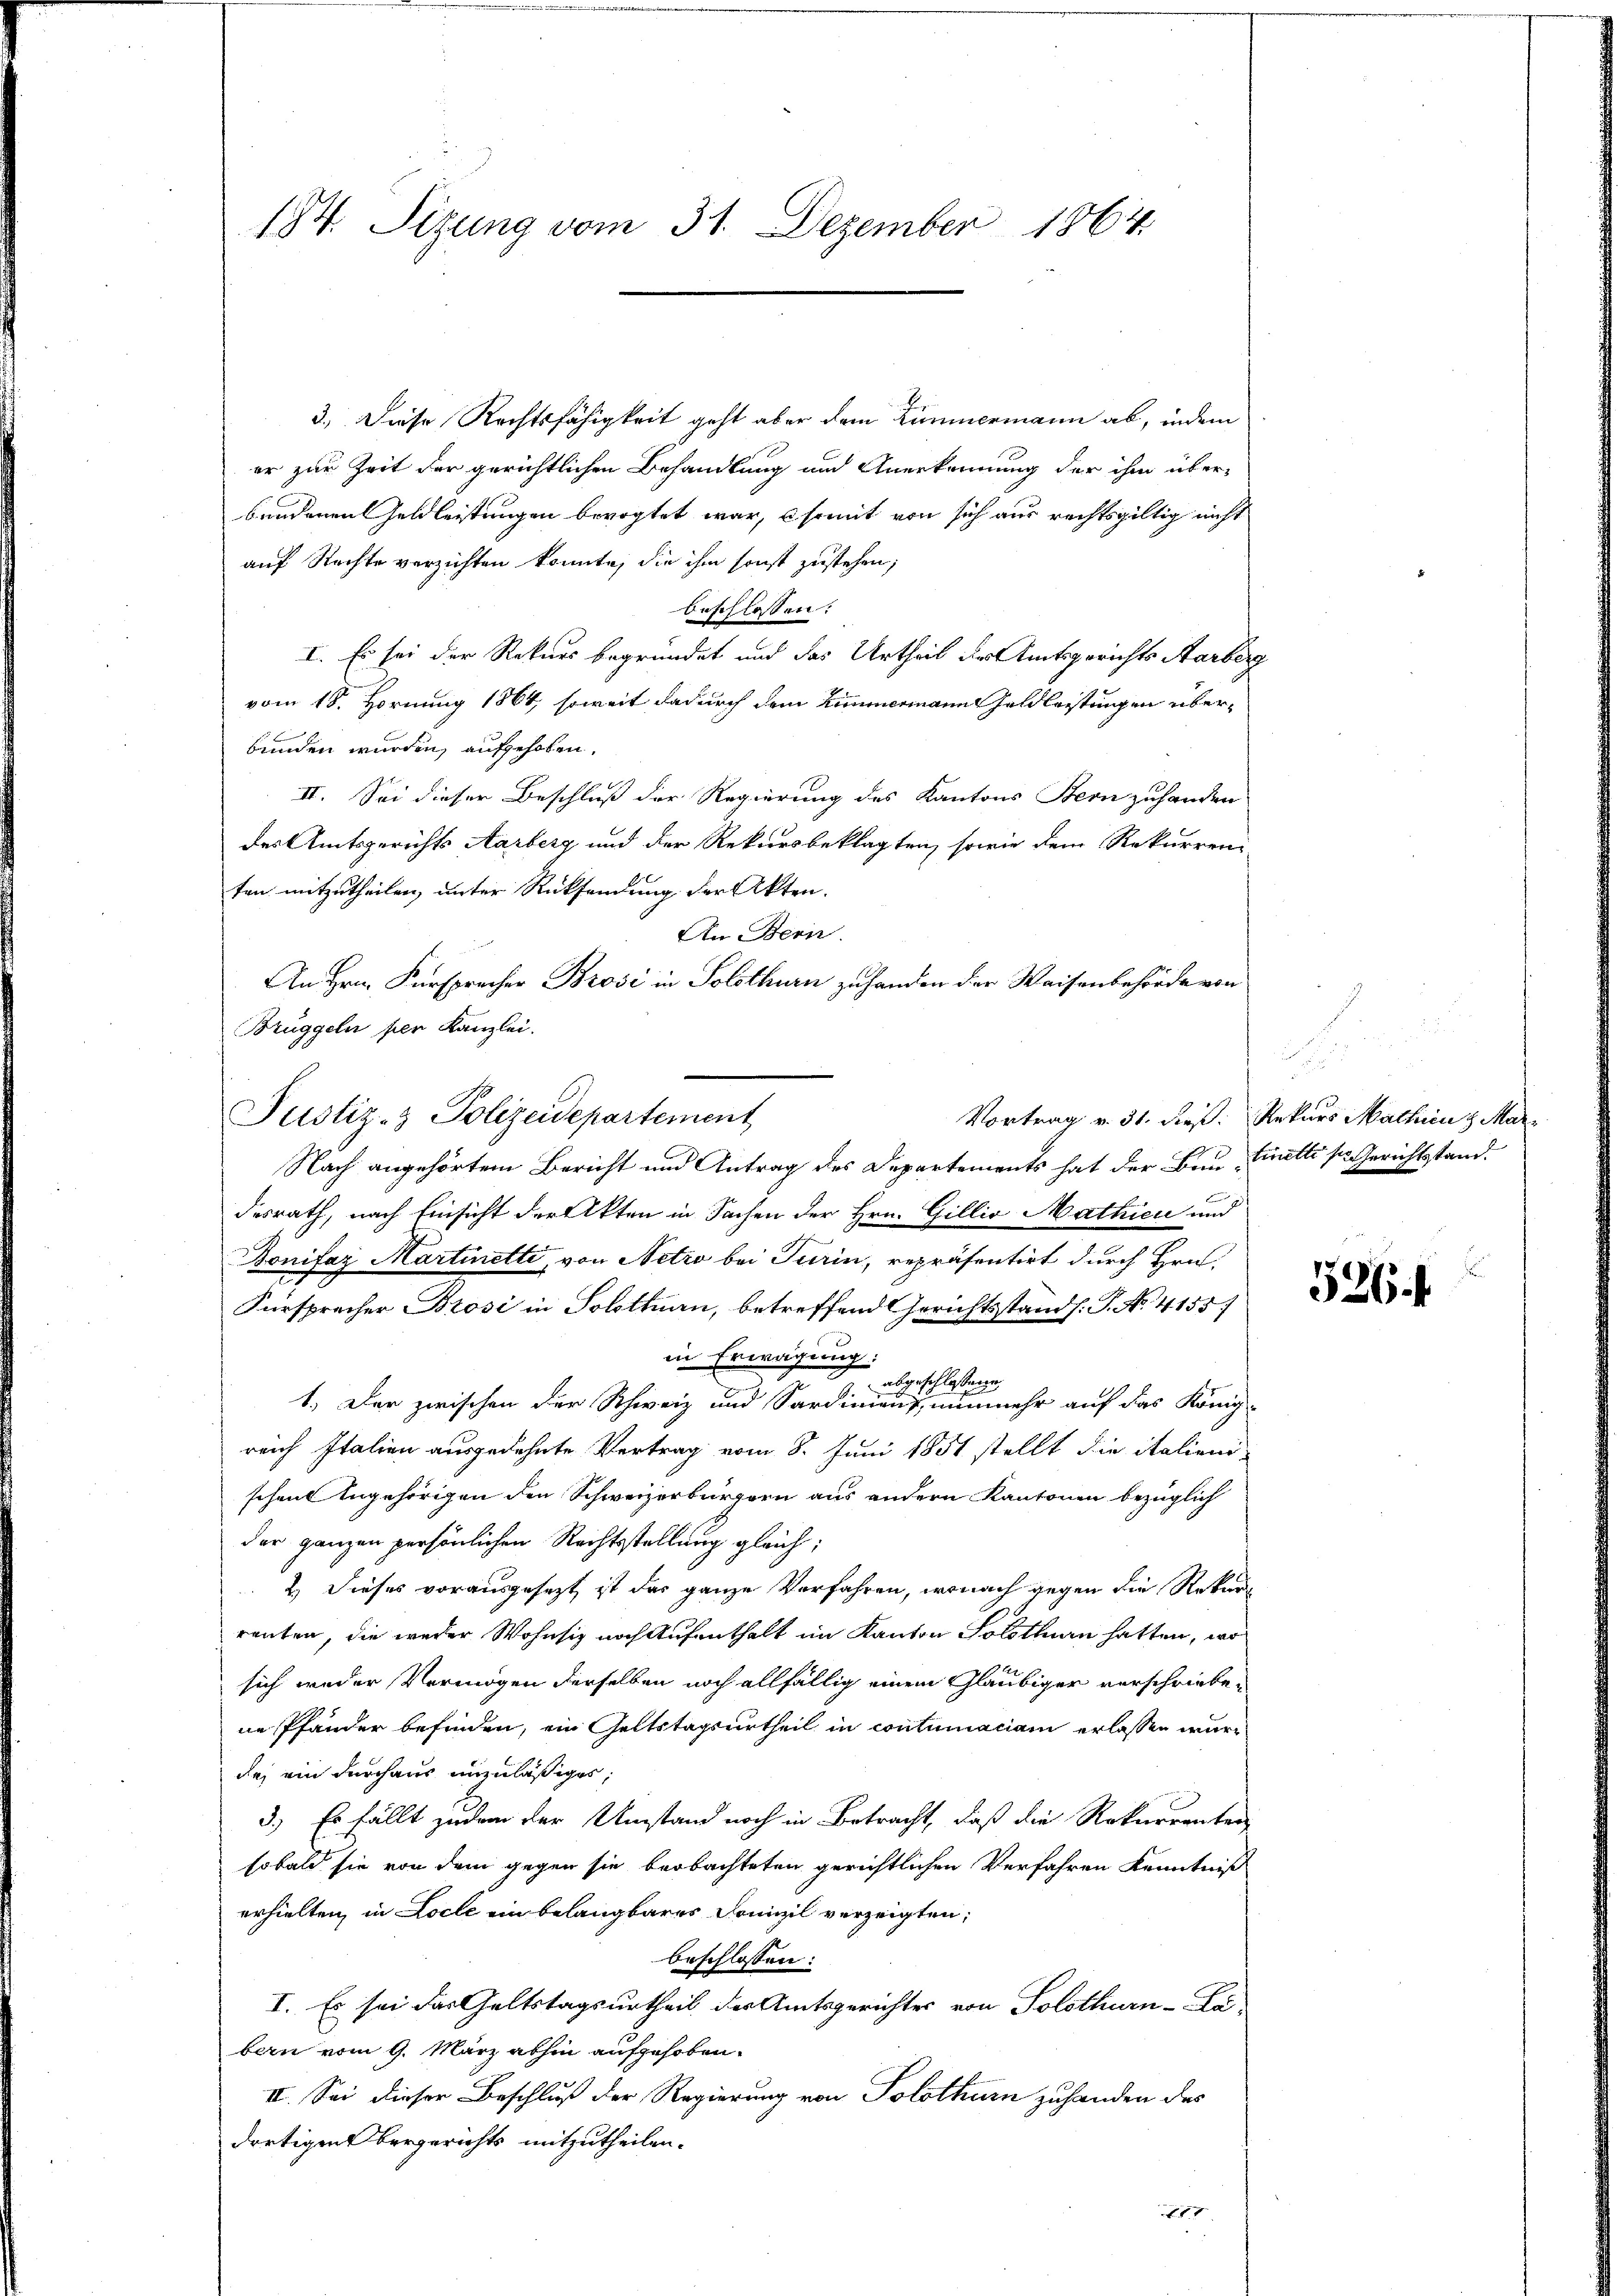
184. Sizung vom 31. Dezember 1864.

3.) Diese Rechtsfähigkeit geht aber dem Zimmermann ab, indem
er zur Zeit der gerichtlichen Behandlung und Anerkennung der ihm über-
bundenen Geldleistungen bevogtet war, somit von sich aus rechtsgültig nicht
auf Rechte verzichten konnte, die ihm sonst zustehen;
beschlossen.
I. Es sei der Rekurs begründet und das Urtheil des Amtsgerichts Aarberg
vom 18. Hornung 1864, soweit dadurch dem Zimmermann Geldleistungen überbunden wurden, aufgeholen.
II. Sei dieser Beschluß der Regierung des Kantons Stern zuhanden
des Amtsgerichts Aarberg und der Rekursbeklagten, sowie dem Rekurreni-
ten mitzutheilen, unter Rücksendung der Akten.
An Bern.
An Hrn. Fürsprecher Brosi in Solothurn zu handen der Waisenbehörde von
Brüggeln per Kanzlei.
Justiz- & Polizeidepartement
Nach angehörtem Bericht und Antrag des Departements hat der Bau-Celle sr. Gerichtsstanddesrath, nach Einsicht der Akten in Sachen der Hrn. Gillio Mathien und
Donifaz Martinette, von Netzo bei Turin, repräsentirt durch Hrn.
Fürspracher Brosi in Solothurn, betreffend Gerichtsstand h. T. No. 4155/
in Erwägung:
geschlossene
e
1.) Der zwischen der Schweiz und Sardinaus, nunmehr auf das König-
reich Italien ausgedehnte Vertrag vom 8. Juni 1851 stellt die italieni-
schen Angehörigen den Schweizerbürgern aus andern Kantonen bezüglich
der ganzen persönlichen Rechtsstellung gleich¬
2.) Dieses vorausgesezt ist das ganze Verfahren, wonach gegen die Rekur
renten, die weder Wohnsiz nach Aufenthalt im Kanton Solothurn hatten, wo
sich weder Vermögen derselben noch allfällig einem Gläubiger verschriebene Pfänder befinden, ein Geltstagsurtheil in contumaciam erlassen wäre
de, ein durchaus unzuläßiges,
3.) Es fällt zudem der Umstand noch in Betracht, daß die Rekurrenten
sobald sie von dem gegen sie beobachteten gerichtlichen Verfahren Kenntniß
erhielten, in Locle ein belangbares Domizil verzeigten,
beschlossen:
I. Es sei das Geltstagsurtheil des Amtsgerichter von Solothurn-La-
bern vom 9. März abhin aufgehoben.
II. Sei dieser Beschluß der Regierung von Solothurn zuhanden des
dortigensbergerichts mitzutheilen.
181

Vortrag v. 31. dieß. Rekurs Mathie z. Mar¬

526.